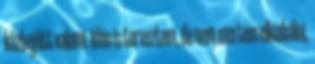
közbejött valami. Idén is terveztem, de nem mertem elkiabálni,